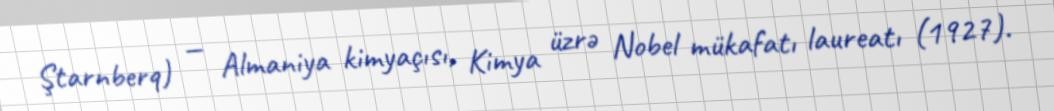
Ştarnberq) — Almaniya kimyaçısı, Kimya üzrə Nobel mükafatı laureatı (1927).